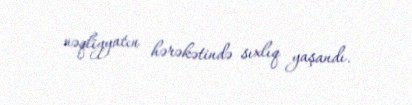
nəqliyyatın hərəkətində sıxlıq yaşandı.